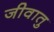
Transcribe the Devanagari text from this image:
जीवातु